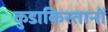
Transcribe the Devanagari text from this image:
कुडाकिस्तानों